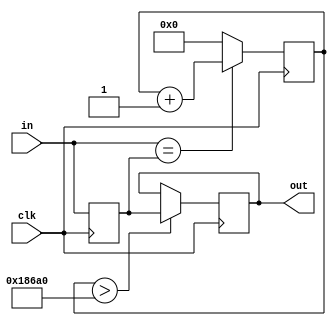
`timescale 1ns / 1ps


module debouncer(
        input clk,
        input in,
        output reg out
    );
    
parameter num=100_000;
parameter width = 32;

reg[width-1:0] counter;
reg prev_in;

initial begin
    out = 0;
end

always@(posedge clk) begin
    if(counter > num)
        out <= prev_in;

    if(in == prev_in)
        counter <= counter + 1;
    else
        counter <= 0;
    prev_in <= in;
end


endmodule